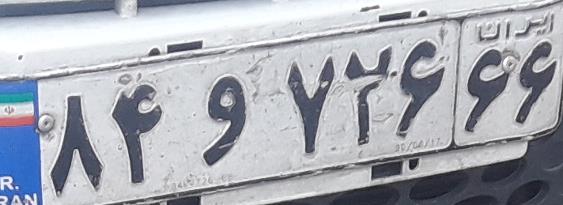
۸۴و۷۲۶۶۶